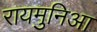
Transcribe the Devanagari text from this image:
रायमुनिआ